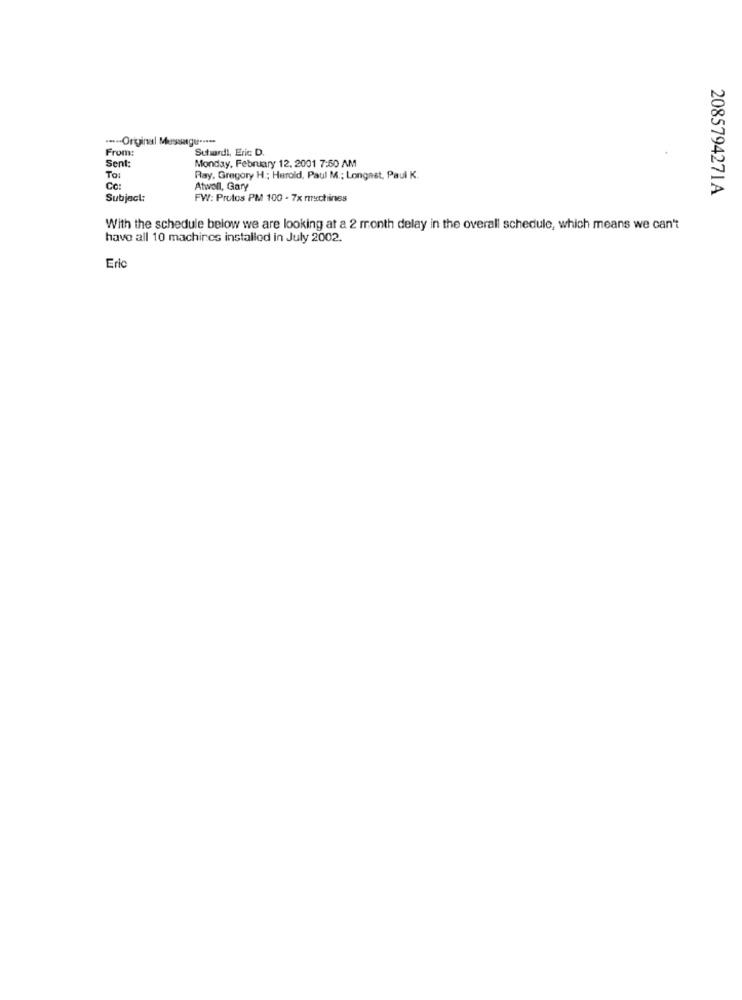
... Original Message .....
From:
Suhard !, Eric D.
Monday, February 12, 2001 7:50 AM
Sent
To:
Ray, Gregory H .; Herold, Paul M .; Longnet, Paul K.
Co:
Atwell, Gary
2085794271A
Subject:
FW: Protos PM 100 - 7x ruchines
With the schedule below we are looking at a 2 month delay in the overall schedule, which means we can't
have all 10 machines installed in July 2002.
Eric